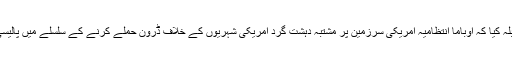
اُنھوں نے مطابلہ کیا کہ اوباما انتظامیہ امریکی سرزمین پر مشتبہ دہشت گرد امریکی شہریوں کے خلاف ڈرون حملے کرنے کے سلسلے میں پالیسی واضح کرے۔